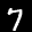
Label: 7